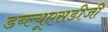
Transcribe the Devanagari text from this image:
डब्ल्यूएसडीजी